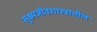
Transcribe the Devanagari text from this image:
सूक्ष्मजीवशास्त्रातील